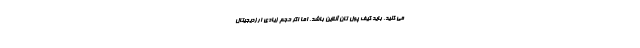
می کنید، باید کیف پول تان آنلاین باشد. اما اگر حجم زیادی ارزدیجیتال